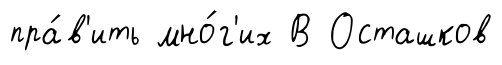
пра́в'ить мно́г'их В Осташков